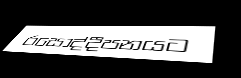
රසෝද්දීපනයට